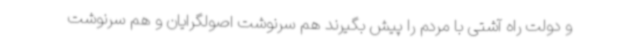
و دولت راه آشتی با مردم را پیش بگیرند هم سرنوشت اصولگرایان و هم سرنوشت